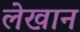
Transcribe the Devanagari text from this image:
लेखान